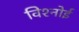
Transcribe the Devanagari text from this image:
विश्‍नोई